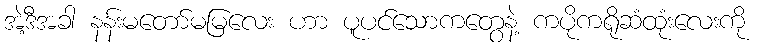
အဲ့ဒီအခါ နန်းမတော်မမြလေး ဟာ ပူပင်သောကတွေနဲ့ ကပိုကရိုဆံထုံးလေးကို